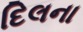
દિલના